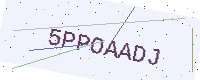
Text: 5PPOAADJ